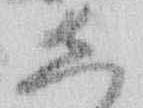
し